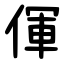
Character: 㑮